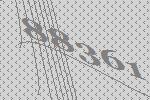
88361